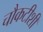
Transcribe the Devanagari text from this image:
चौकटीशी